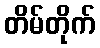
တိမ်တိုက်